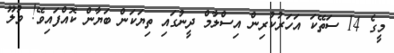
މީގެ 14 ސަތޭކަ އަހަރުކުރިން އިސްލާމް ދީނުގައި ތިޔަކަން ބަޔާން ކޮއްފައިވޭ! ވުލޫ